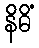
နိဓိံ